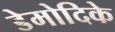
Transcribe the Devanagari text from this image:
डेमोदिके